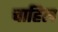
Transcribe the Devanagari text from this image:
चाहिल